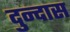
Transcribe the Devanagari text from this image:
दुन्दास